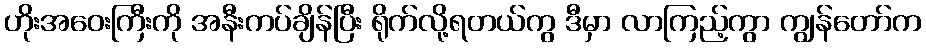
ဟိုးအဝေးကြီးကို အနီးကပ်ချိန်ပြီး ရိုက်လို့ရတယ်ကွ ဒီမှာ လာကြည့်ကွာ ကျွန်တော်က